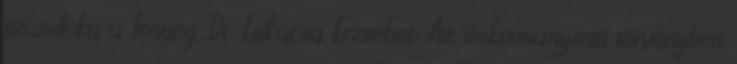
szándéka a lényeg. Dr. Lukácsa Erzsébet: Az önkormányzati törvényben